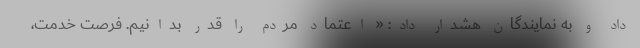
داد و به نمایندگان هشدار داد: « اعتماد مردم را قدر بدانیم. فرصت خدمت،